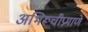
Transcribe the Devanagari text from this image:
अभिरूचीप्रमाणे